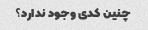
چنین کدی وجود ندارد؟